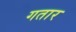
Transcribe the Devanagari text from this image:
गतार